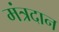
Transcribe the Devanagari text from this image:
मंत्रदान